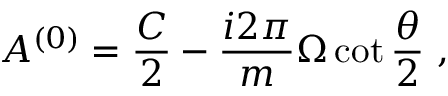
{ \cal A } ^ { ( 0 ) } = { \frac { \cal C } { 2 } } - { \frac { i 2 \pi } { m } } \Omega \cot { \frac { \theta } { 2 } } \ ,